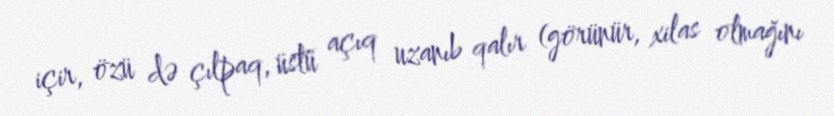
içir, özü də çılpaq, üstü açıq uzanıb qalır (görünür, xilas olmağını